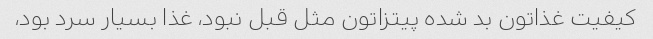
کیفیت غذاتون بد شده پیتزاتون مثل قبل نبود، غذا بسیار سرد بود،